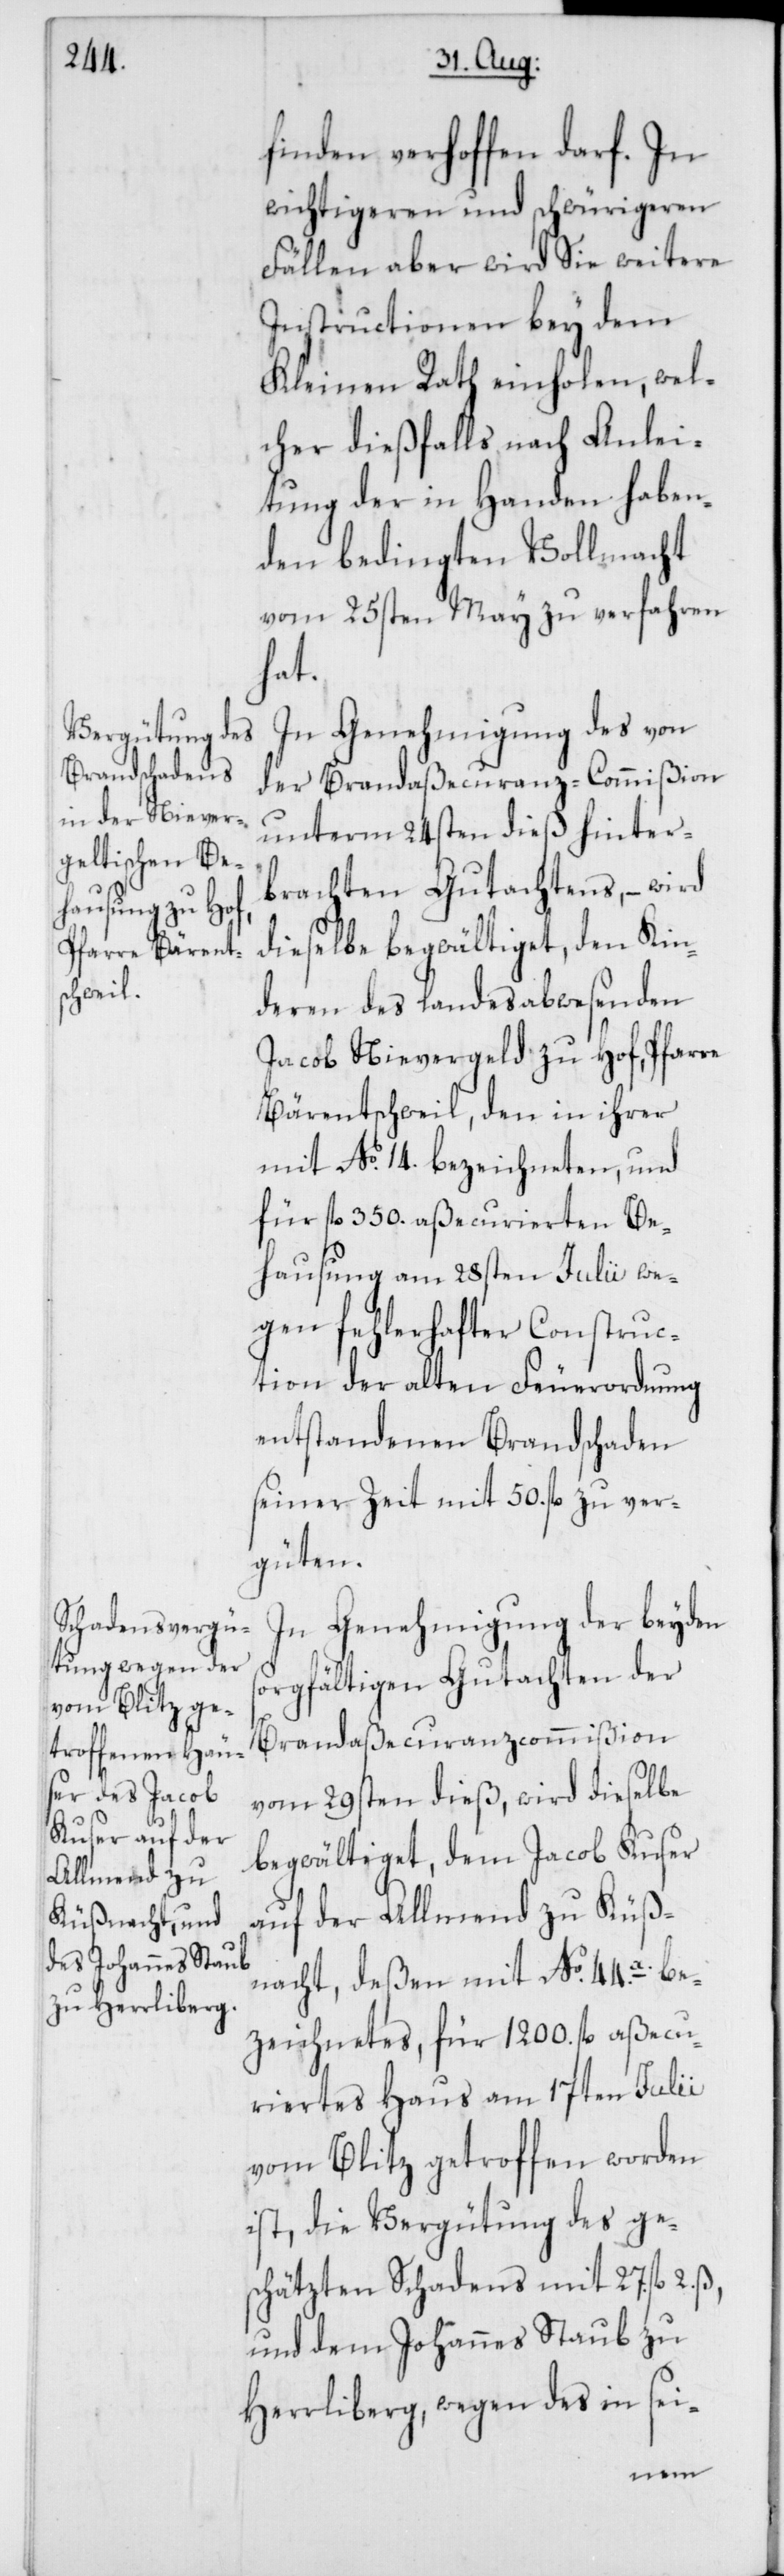
finden verhoffen darf. In
wichtigeren und schwürigeren
Fällen aber wird Sie weitere
Instructionen bey dem
Kleinen Rath einholen, wel¬
cher dießfalls nach Anlei¬
tung der in Handen haben¬
den bedingten Vollmacht
vom 25sten May zu verfahren
hat.
In Genehmigung des von
der Brandaßecuranz-Commißion
unterm 24sten dieß hinter¬
brachten Gutachtens, – wird
dieselbe begwältiget, den Kin¬
deren des landesabwesenden
Bäretschweil, den in ihrer
mit No. 14. bezeichneten, und
für fl. 350. aßecurierten Be¬
hausung am 28sten Julii we¬
gen fehlerhafter Construc¬
tion der alten Feuerordnung
entstandenen Brandschaden
seiner Zeit mit 50. fl. zu ver¬
güten.
In Genehmigung der beyden
sorgfältigen Gutachten der
Brandaßecuranzcommißion
vom 29sten dieß, wird dieselbe
begwältiget, dem Jacob Kuser
auf der Allmend zu Küß¬
nacht, deßen mit No. 44.a. be¬
zeichnetes, für 1200 fl. aßecu¬
riertes Haus am 17ten Julii
vom Blitz getroffen worden
ist, die Vergütung des ge¬
schätzten Schadens mit 27. fl.
und dem Johannes Staub zu
Herrliberg, wegen des in sei-